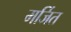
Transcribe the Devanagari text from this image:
मर्जित